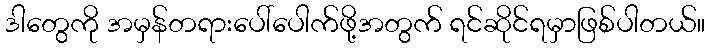
ဒါတွေကို အမှန်တရားပေါ်ပေါက်ဖို့အတွက် ရင်ဆိုင်ရမှာဖြစ်ပါတယ်။